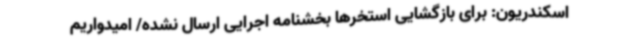
اسکندریون: برای بازگشایی استخرها بخشنامه اجرایی ارسال نشده/ امیدواریم